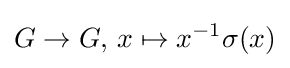
G\to G,\,x\mapsto x^{-1}\sigma (x)